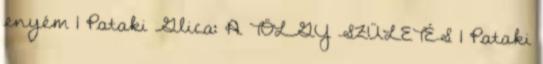
enyém 1 Pataki Glica: A TÖLGY SZÜLETÉS 1 Pataki